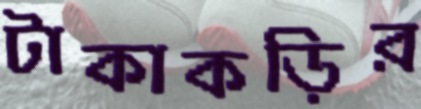
টাকাকড়ির